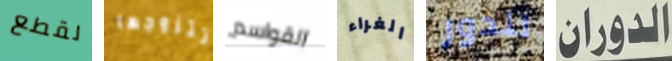
لقطع تتزوجها القواسم الغراء للدور الدوران